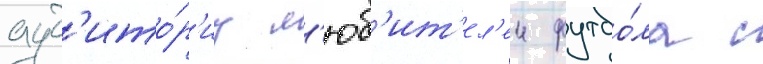
ауд'ито́р'иу л'юб'ит'ел'еи футбо́ла с